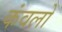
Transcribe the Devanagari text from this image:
कंवलों